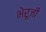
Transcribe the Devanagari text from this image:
भेरूजी